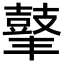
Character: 𪔍